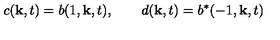
c ( { \bf k } , t ) = b ( 1 , { \bf k } , t ) , \qquad d ( { \bf k } , t ) = b ^ { \ast } ( - 1 , { \bf k } , t )